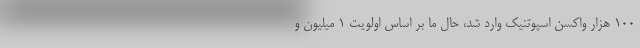
۱۰۰ هزار واکسن اسپوتنیک وارد شد، حال ما بر اساس اولویت ۱ میلیون و